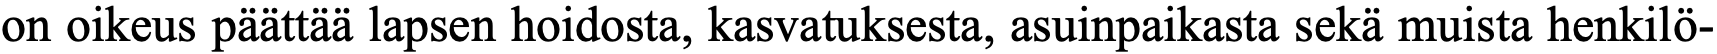
on oikeus päättää lapsen hoidosta, kasvatuksesta, asuinpaikasta sekä muista henkilö-